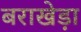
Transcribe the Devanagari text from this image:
बराखेड़ा